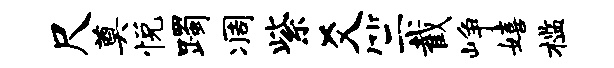
尺奠悦躅凋紫爻竺截峥嬉槛